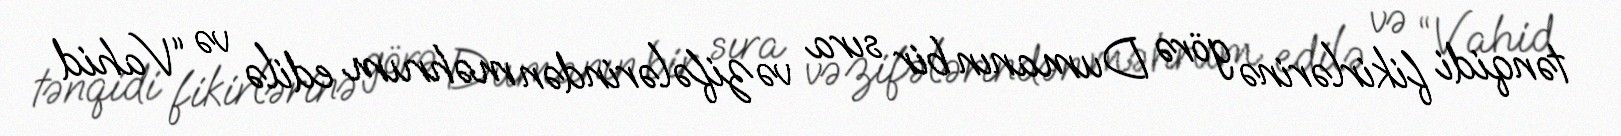
tənqidi fikirlərinə görə Dumanın bir sıra vəzifələrindən məhrum edilə və “Vahid